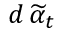
d \, \widetilde { \alpha } _ { t }